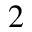
_ { 2 }